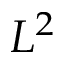
L ^ { 2 }